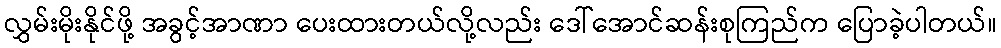
လွှမ်းမိုးနိုင်ဖို့ အခွင့်အာဏာ ပေးထားတယ်လို့လည်း ဒေါ်အောင်ဆန်းစုကြည်က ပြောခဲ့ပါတယ်။